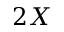
2 X